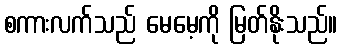
စကားလက်သည် မေမေ့ကို မြတ်နိုးသည်။